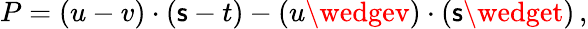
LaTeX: P=(u-v)\cdot(\mathsf{s}-t)-(u\wedgev)\cdot(\mathsf{s}\wedget)\, ,